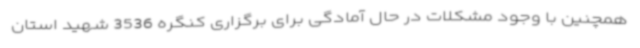
همچنین با وجود مشکلات در حال آمادگی برای برگزاری کنگره 3536 شهید استان